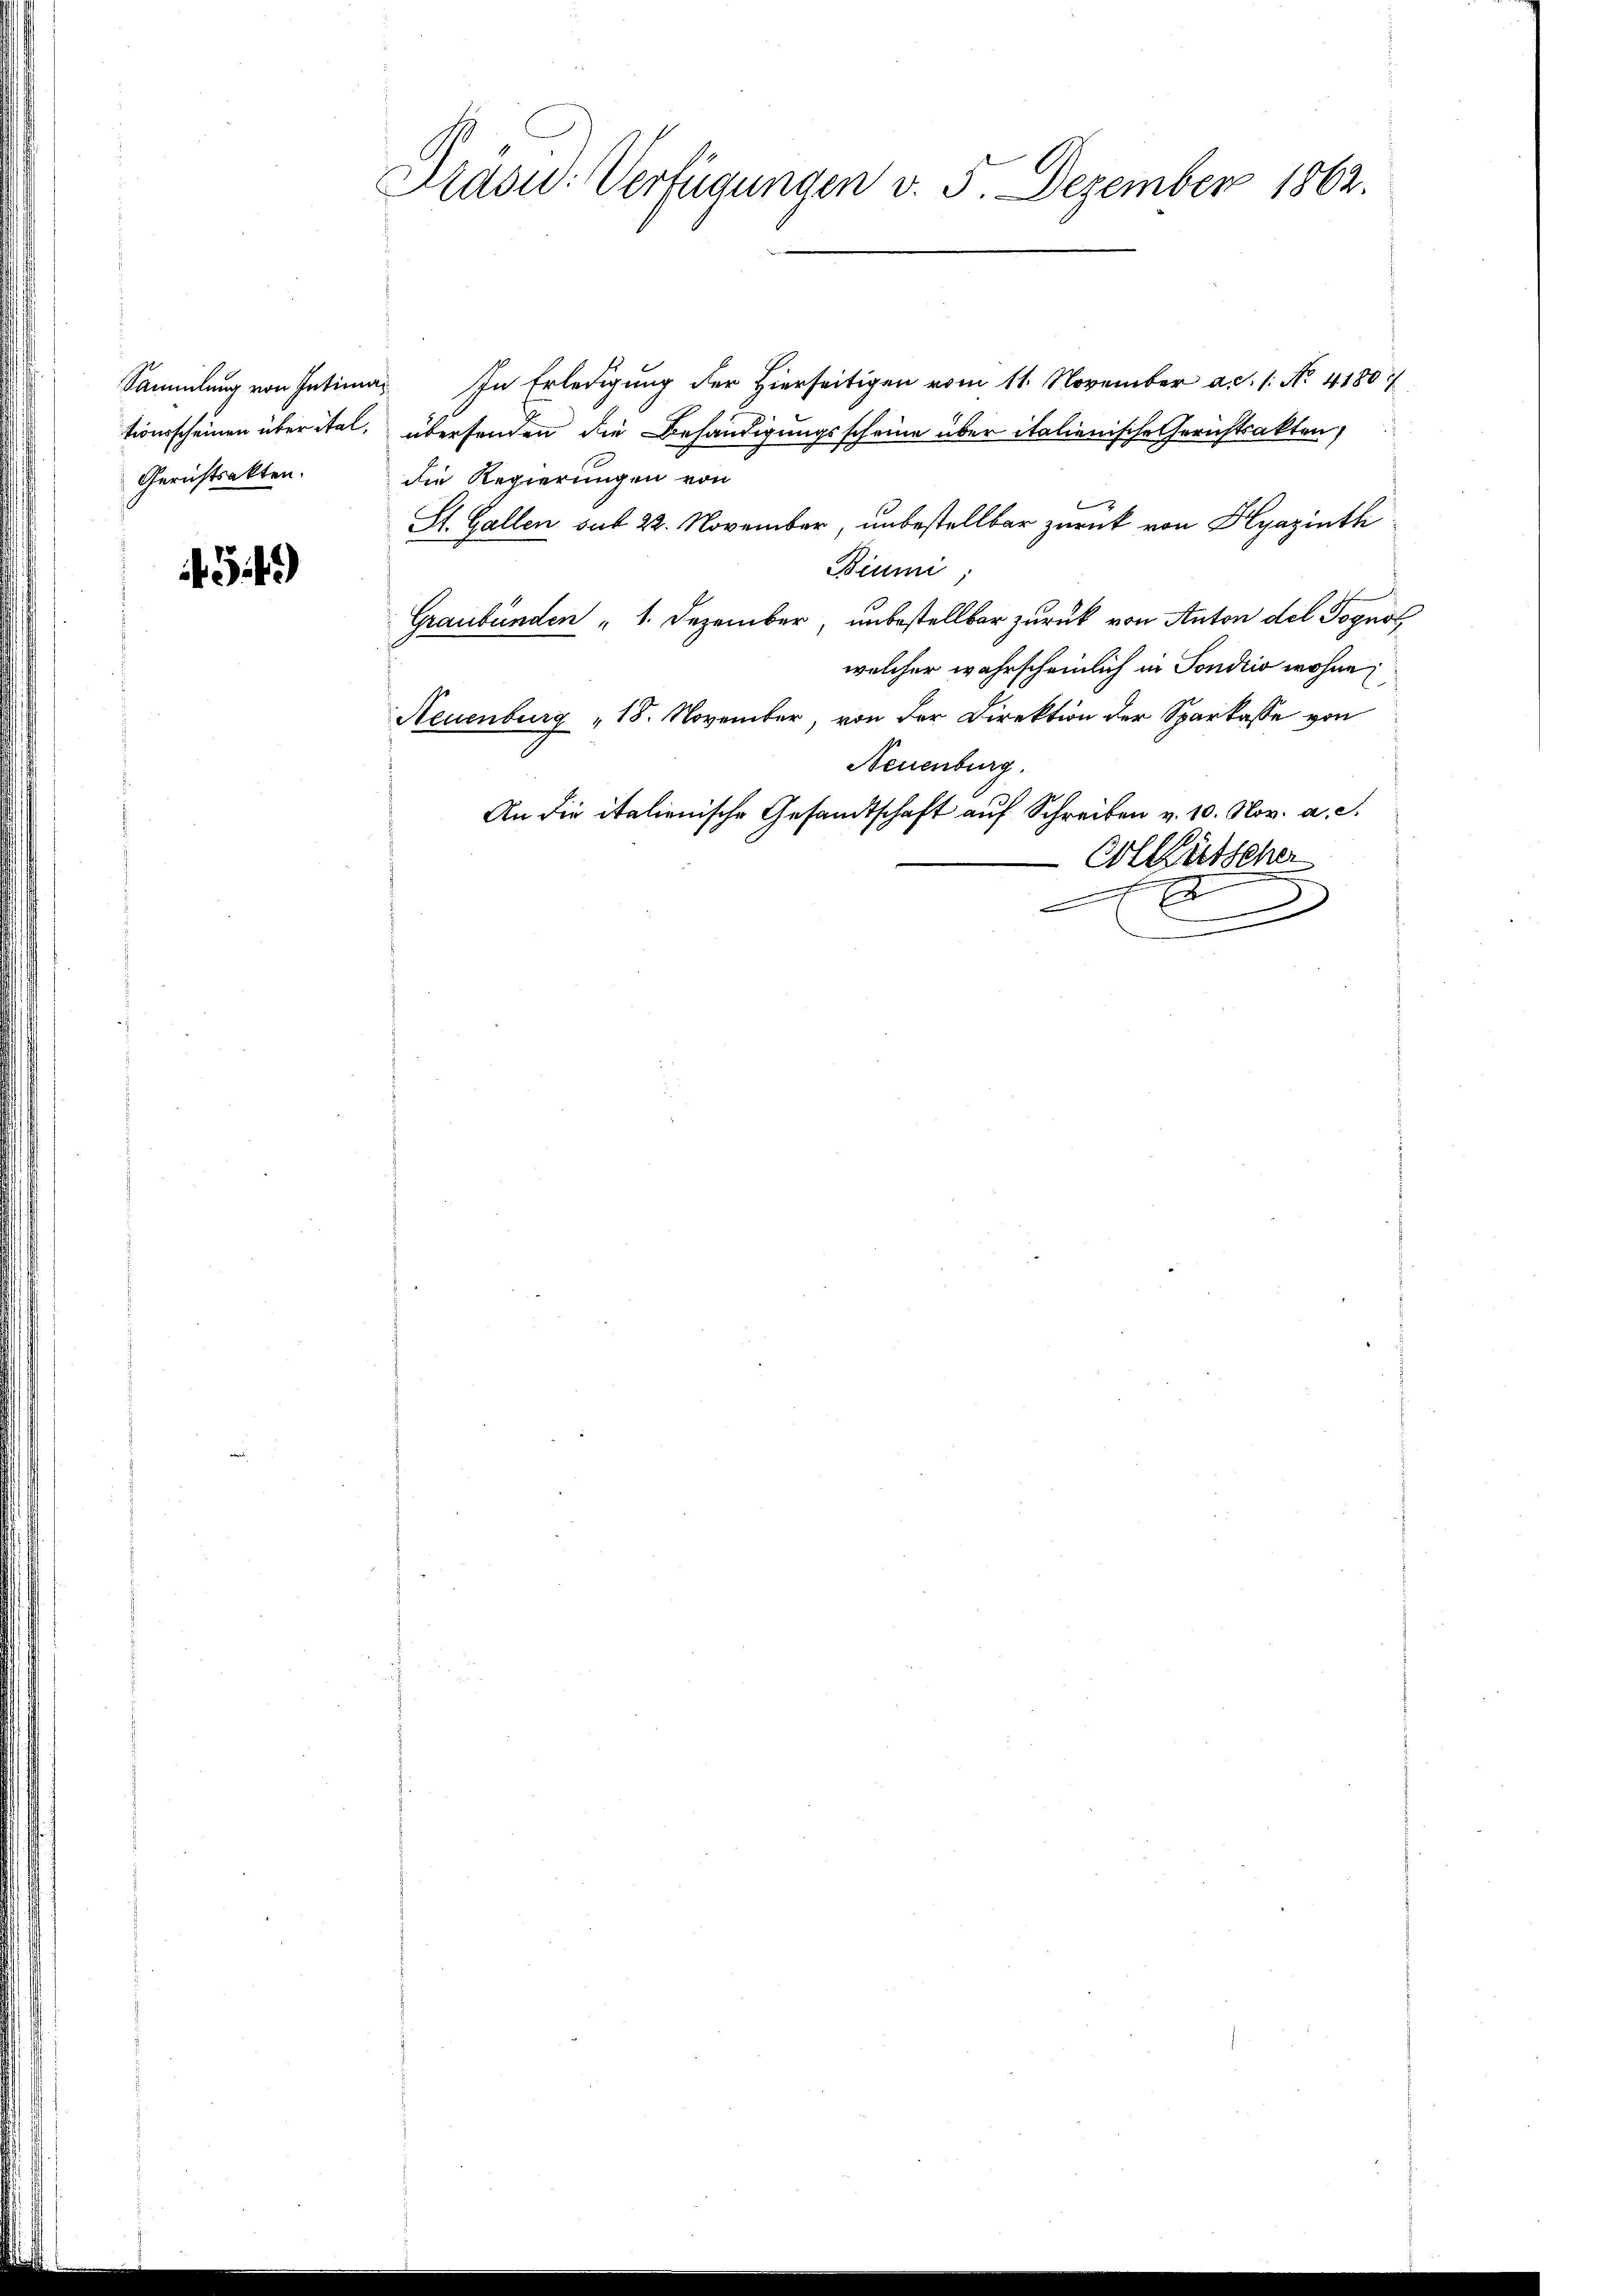
Sammlung von Intima¬
Gerichtsakten.

459)

Präsid. Verfügungen v. 5. Dezember 1862.

In Erledigung der Hierseitigen vom 11. November a.c. s. No. 41807
tionsscheinen über ital, übersenden die Behändigungsscheine über italienische Gerichtsakten)
die Regierungen von
St. Gallen sub 22. November, unbestellbar zurück von Hyazinth
Biumi
Graubünden " 1. Dezember, unbestellbar zurück von Anton del Pognot,
welcher wahrscheinlich in Sondrio wohne
Neuenburg "18. November, von der Direktion der Sparkasse von
Neuenburg.
An die italienische Gesandtschaft auf Schreiben v. 10. Nov. a. c.
Vollfütscher
E
n